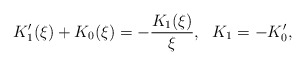
\begin{align*}K_1'(\xi)+K_0(\xi)=-\frac{K_1(\xi)}{\xi}, \ \ K_1=-K_0',\end{align*}